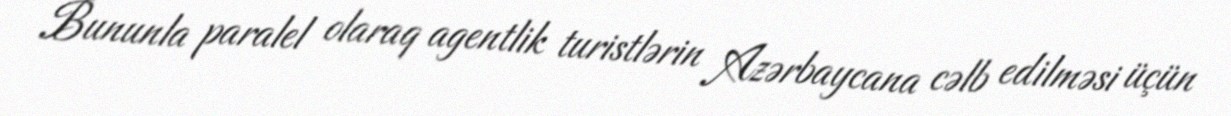
Bununla paralel olaraq agentlik turistlərin Azərbaycana cəlb edilməsi üçün